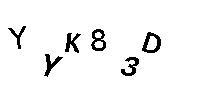
YYK83D